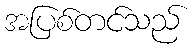
အပြစ်တင်သည်